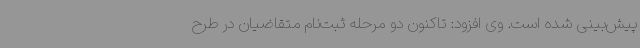
پیش‌بینی شده است. وی افزود: تاکنون دو مرحله ثبت‌نام متقاضیان در طرح